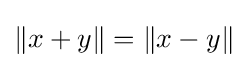
\Vert x+y\Vert =\Vert x-y\Vert